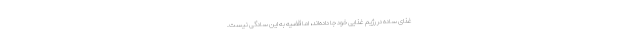
غذای ساده در رژیم غذایی خود جا داده‌اند، اما قضیه به این سادگی نیست.